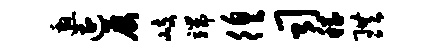
邀遭屡岐端徨司稽珙